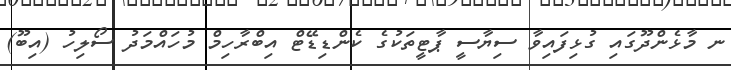
ނ މާޅެންދޫގައި ގުޅިފައިވާ ސިޔާސީ ޕާޓީތަކުގެ ކެންޑިޑޭޓް އިބްރާހިމް މުހައްމަދު ސޯލިހު (އިބޫ)